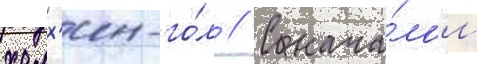
халх'ин-го́л // С нача́лом